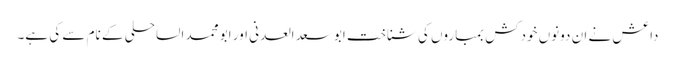
داعش نے ان دونوں خودکش بمباروں کی شناخت ابو سعد العدنی اور ابو محمد الساحلی کے نام سے کی ہے۔